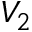
V _ { 2 }